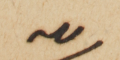
لله